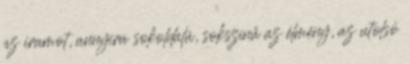
az iramot, annyira sokoldalú, sokszínű az élmény, az utolsó